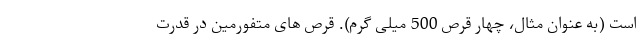
است (به عنوان مثال، چهار قرص 500 میلی گرم). قرص های متفورمین در قدرت